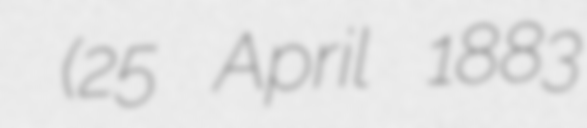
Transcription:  (25 April 1883